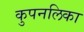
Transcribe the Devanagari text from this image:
कुपनलिका